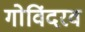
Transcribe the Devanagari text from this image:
गोविंदरव